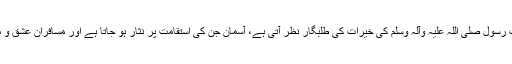
جن کے نام پر تاریح آج بھی احترامًا نگاہیں جھکا لیتی ہے، زمین جن کے پاؤں کو بوسہ دے کر نسبتِ رسول صلی اللہ علیہ وآلہ وسلم کی خیرات کی طلبگار نظر آتی ہے، آسمان جن کی استقامت پر نثار ہو جاتا ہے اور مسافرانِ عشق و مستی جن کے چراغ عشق مصطفی صلی اللہ علیہ وآلہ وسلم سے آج بھی اپنی منزل کا تعین کرتے ہیں۔